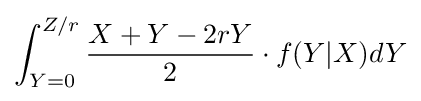
\int _{Y=0}^{Z/r}{X+Y-2rY \over 2}\cdot f(Y|X)dY